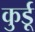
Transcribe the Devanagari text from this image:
कुर्डू